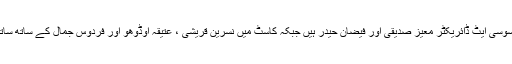
ڈرامے کی رائٹر ثروت نزیر ، ایسوسی ایٹ ڈائریکٹر معیز صدیقی اور فیضان حیدر ہیں جبکہ کاسٹ میں نسرین قریشی ، عتیقہ اوڈوھو اور فردوس جمال کے ساتھ ساتھ دیگر بہت سے فنکار شامل ہیں۔